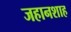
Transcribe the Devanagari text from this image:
जहानशाह